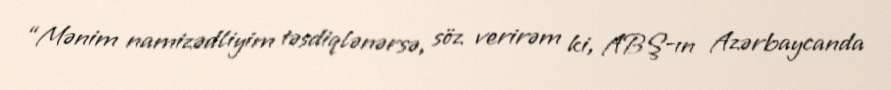
“Mənim namizədliyim təsdiqlənərsə, söz verirəm ki, ABŞ-ın Azərbaycanda